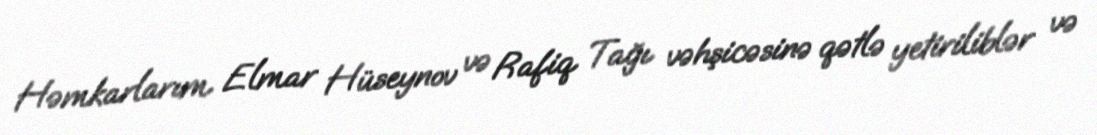
Həmkarlarım Elmar Hüseynov və Rafiq Tağı vəhşicəsinə qətlə yetiriliblər və